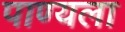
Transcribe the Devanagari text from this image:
पाण्यला